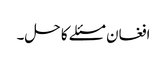
افغان مسئلے کا حل۔